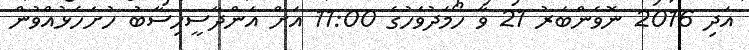
އަދި 2016 ނޮވެެންބަރު 21 ވާ ހޯމަަދުވަހުގެ 11:00 އަށް އަންދާސީހިސާބު ހުށަހެޅުއްވުން